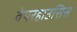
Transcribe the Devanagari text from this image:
वेयरहाउसिस